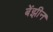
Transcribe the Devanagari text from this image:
बेंझीन